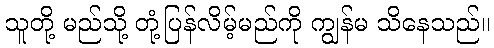
သူတို့ မည်သို့ တုံ့ပြန်လိမ့်မည်ကို ကျွန်မ သိနေသည်။